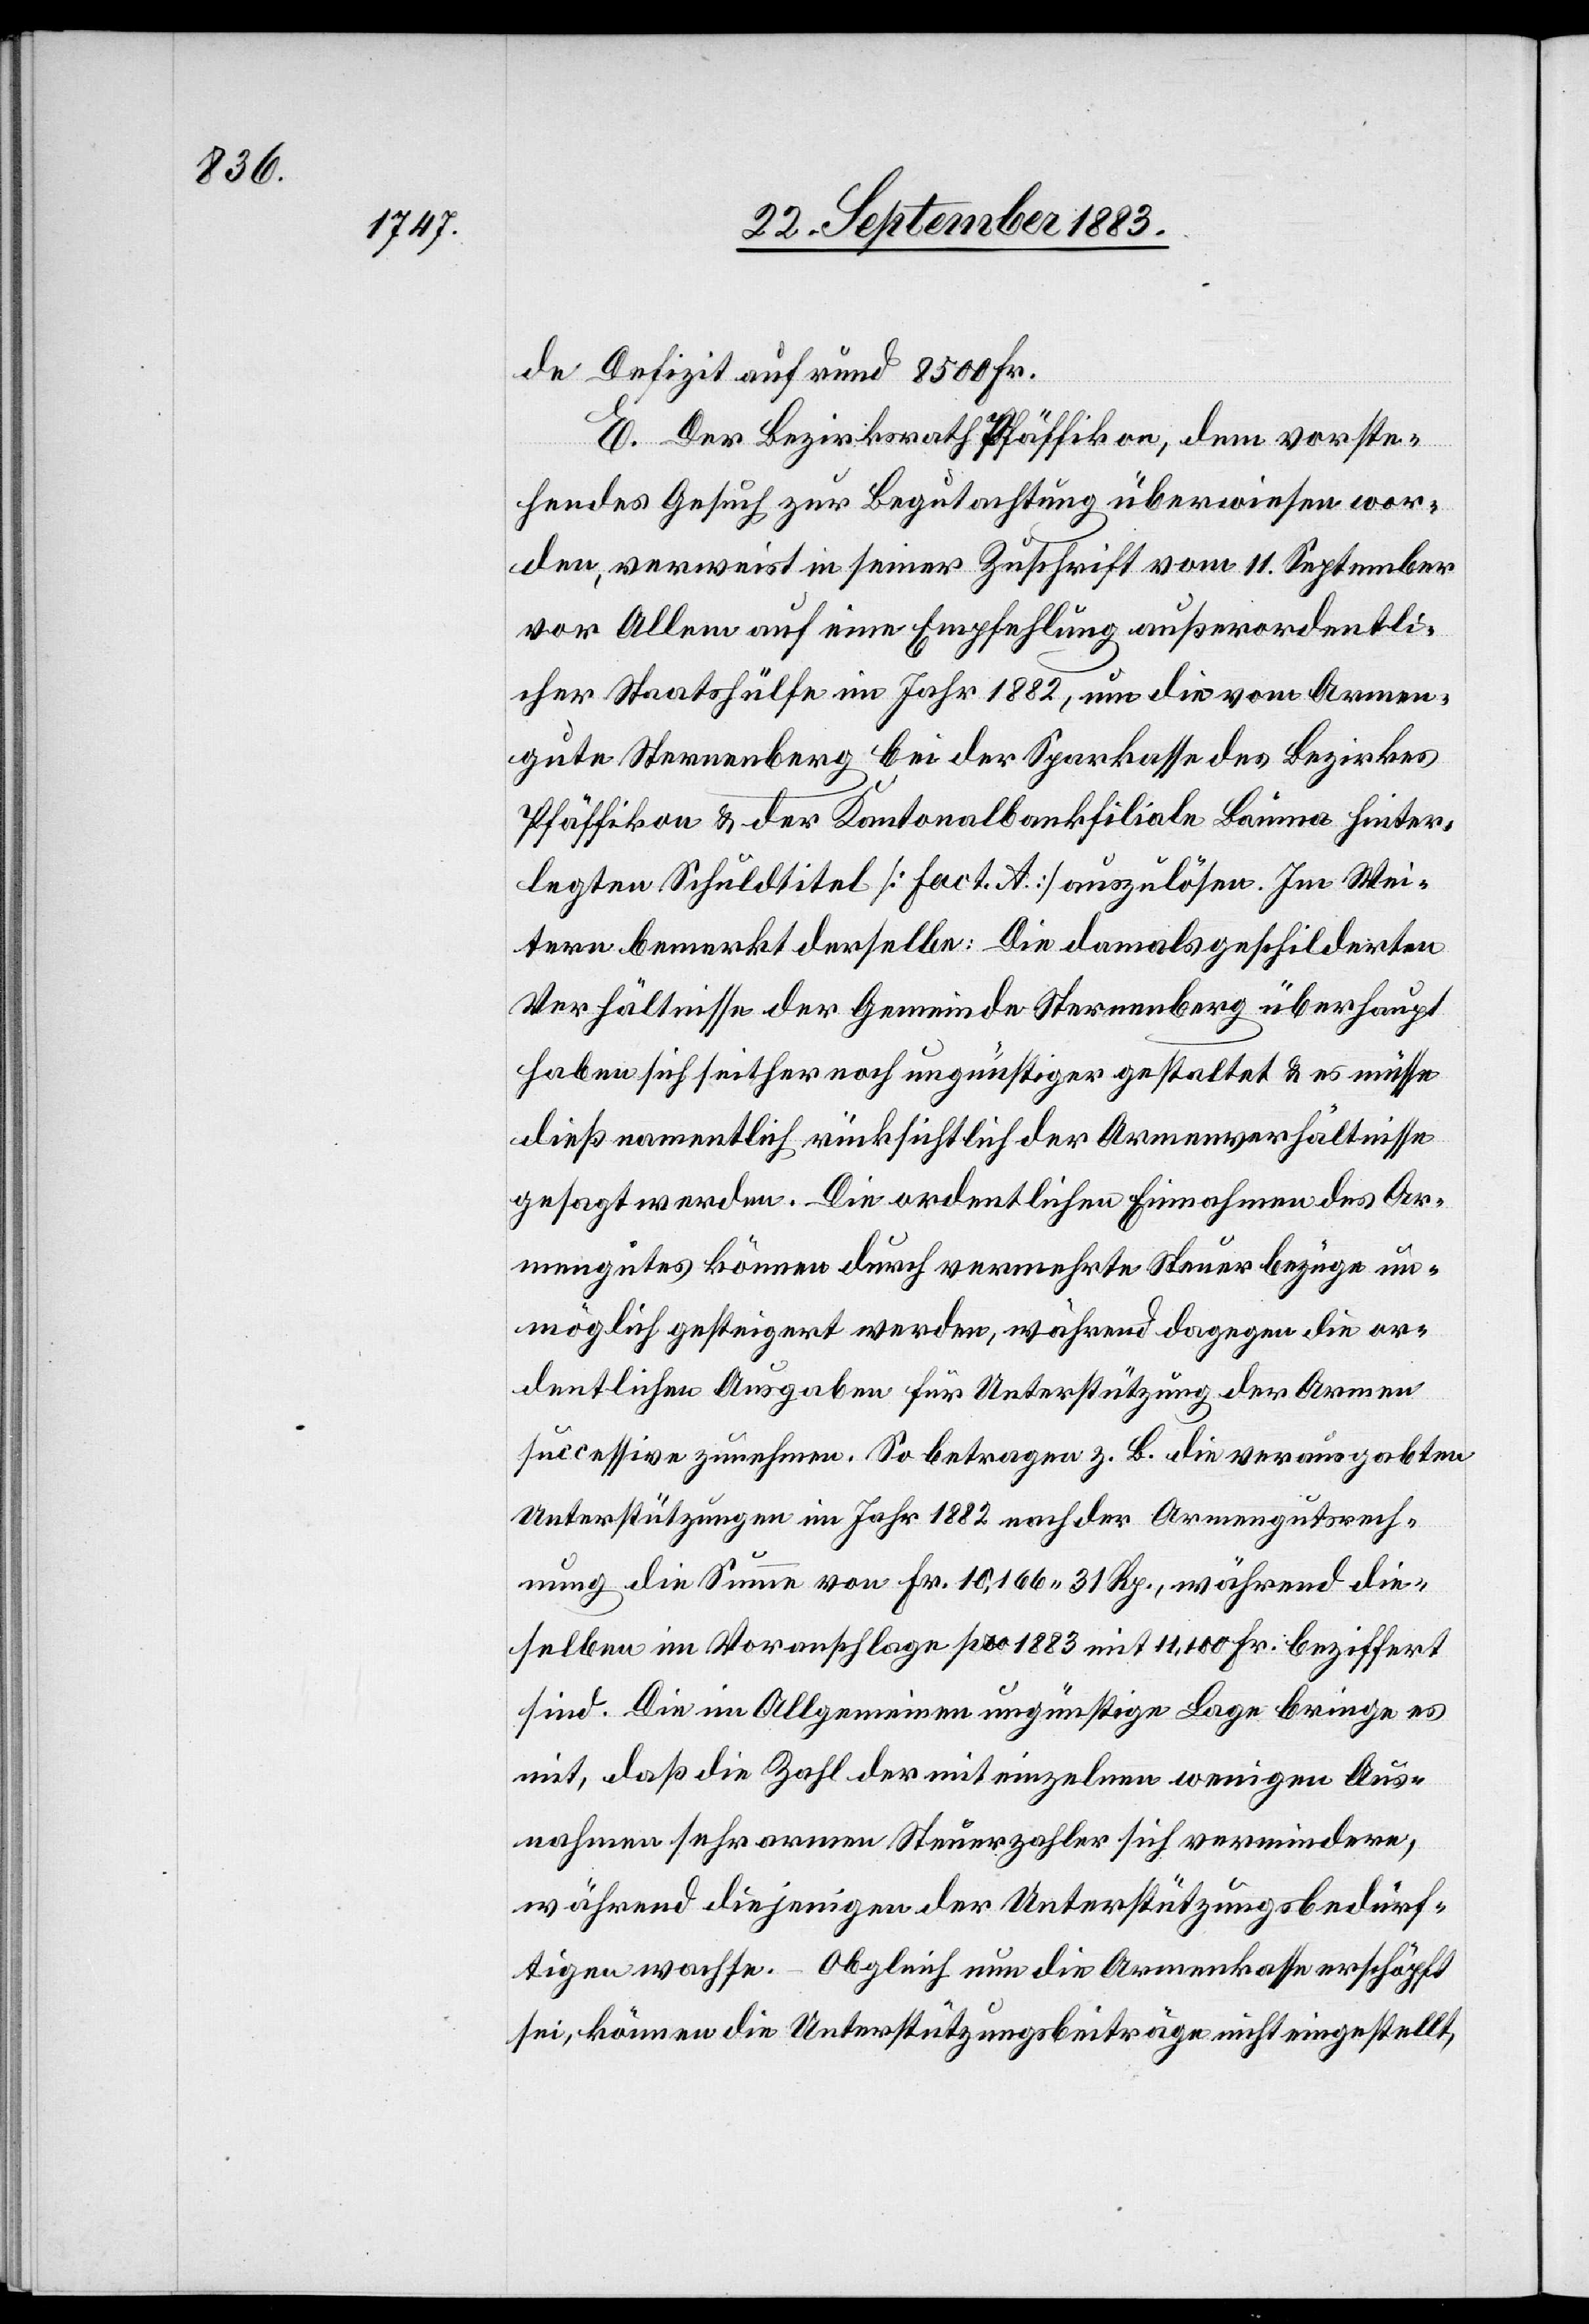
de Defizit auf rund 8500 Fr.
E. Der Bezirksrath Pfäffikon, dem vorste¬
hendes Gesuch zur Begutachtung überwiesen wor¬
den, verweist in seiner Zuschrift vom 11. September
vor Allem auf eine Empfehlung außerordentli¬
cher Staatshülfe im Jahr 1882, um die vom Armen¬
gute Sternenberg bei der Sparkasse des Bezirkes
Pfäffikon & der Kantonalbankfiliale Bauma hinter¬
legten Schuldtitel [Fact. A] auszulösen. Im Wei¬
tern bemerkt derselbe: Die damals geschilderten
Verhältnisse der Gemeinde Sternenberg überhaupt
haben sich seither noch ungünstiger gestaltet & es müsse
dieß namentlich rücksichtlich der Armenverhältnisse
gesagt werden. Die ordentlichen Einnahmen des Ar¬
mengutes können durch vermehrte Steuerbezüge un¬
möglich gesteigert werden, während dagegen die or¬
dentlichen Ausgaben für Unterstützung der Armen
successive zunehmen. So betragen z. B. die verausgabten
Unterstützungen im Jahr 1882 nach der Armengutsrech¬
nung die Summe von Fr. 10,166 31 Rp., während die¬
selben im Voranschlage pro 1883 mit 11,100 Fr. beziffert
sind. Die im Allgemeinen ungünstige Lage bringe es
mit, daß die Zahl der mit einzelnen wenigen Aus¬
nahmen sehr armen Steuerzahler sich vermindere,
während diejenigen der Unterstützungsbedürf¬
tigen wachse. Obgleich nun die Armenkasse erschöpft
sei, können die Unterstützungsbeiträge nicht eingestellt,